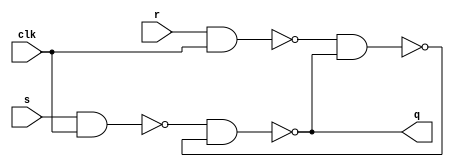
`timescale 1ns/1ns

module sr (input s, r, clk, output q);
    wire i,j,qbar;
    nand #7 (i,s,clk);
    nand #7 (j,r,clk);
    nand #7 (q,i,qbar);
    nand #7 (qbar,j,q);
endmodule